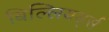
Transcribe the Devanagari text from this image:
बिल्लियर्ड्स